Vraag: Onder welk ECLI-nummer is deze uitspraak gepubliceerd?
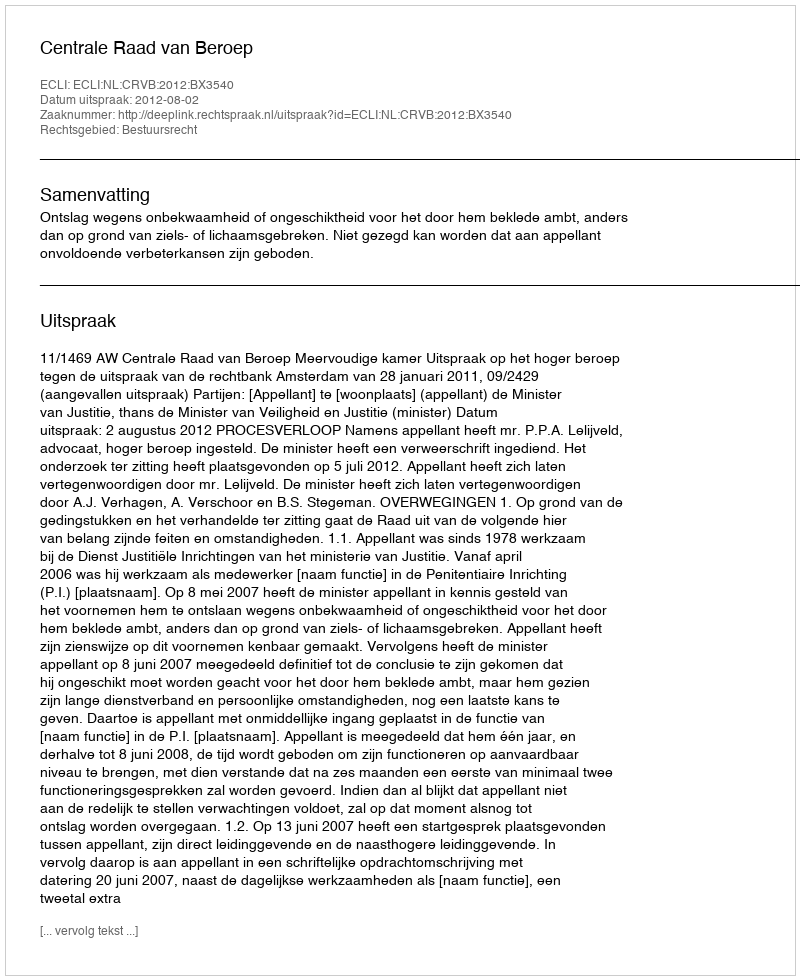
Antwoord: ECLI:NL:CRVB:2012:BX3540